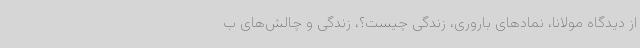
از دیدگاه مولانا، نمادهای باروری، زندگی چیست؟، زندگی و چالش‌های ب